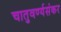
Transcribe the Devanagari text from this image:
चातुवर्ण्यसंकर